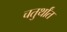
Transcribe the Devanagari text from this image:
चतुर्थांत